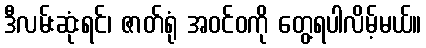
ဒီလမ်းဆုံးရင်၊ ဇာတ်ရုံ အဝင်ဝကို တွေ့ရပါလိမ့်မယ်။